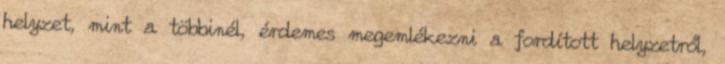
helyzet, mint a többinél, érdemes megemlékezni a fordított helyzetről,